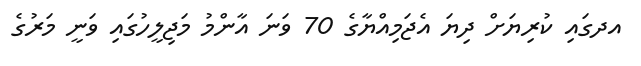
އދގައި ކުރިޔަށް ދިޔަ އެޖަމިއްޔާގެ 70 ވަނަ އާންމު މަޖިލީހުގައި ވަނީ މަރުގެ